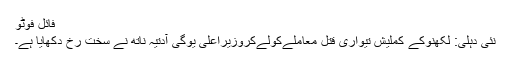
فائل فوٹو
نئی دہلی: لکھنوکے کملیش تیواری قتل معاملےکولےکروزیراعلیٰ یوگی آدتیہ ناتھ نے سخت رخ دکھایا ہے۔